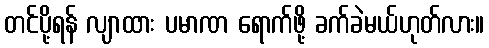
တင်ပို့ရန် လျာထား ပမာဏ ရောက်ဖို့ ခက်ခဲမယ်ဟုတ်လား။